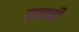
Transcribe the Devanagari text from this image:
त्यान्ची